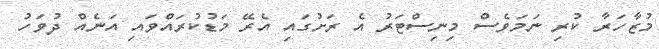
މުޒާހަރާ ކުރި ނަމަވެސް މިނިސްޓަރު އެ ރަށުގައި އެރޭ މަޑުކުރައްވައި އަނެއް ދުވަހު